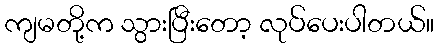
ကျမတို့က သွားပြီးတော့ လုပ်ပေးပါတယ်။